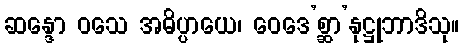
ဆန္ဒော ဝသေ အဓိပ္ပာယေ၊ ဝေဒေ’စ္ဆာ’နုဋ္ဌုဘာဒိသု။